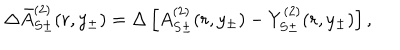
{ \Delta } \bar { A } _ { S \pm } ^ { ( 2 ) } ( r , y _ { \pm } ) = { \Delta } \left[ A _ { S \pm } ^ { ( 2 ) } ( r , y _ { \pm } ) - Y _ { S \pm } ^ { ( 2 ) } ( r , y _ { \pm } ) \right] ,